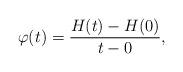
LaTeX: \begin{align*}\varphi(t)=\frac{H(t)-H(0)}{t-0},\end{align*}